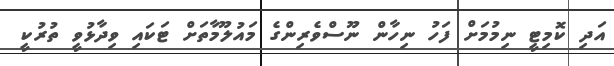
އަދި ކޮމިޓީ ނިމުމަށް ފަހު ނިހާން ނޫސްވެރިންގެ މައުލޫމާތަށް ޓަކައި ވިދާޅުވީ ތުރުކީ